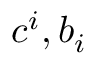
c ^ { i } , b _ { i }